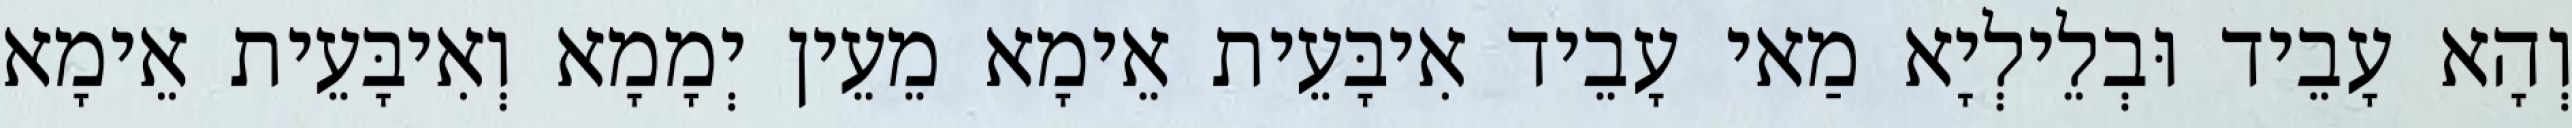
וְהָא עָבֵיד וּבְלֵילְיָא מַאי עָבֵיד אִיבָּעֵית אֵימָא מֵעֵין יְמָמָא וְאִיבָּעֵית אֵימָא